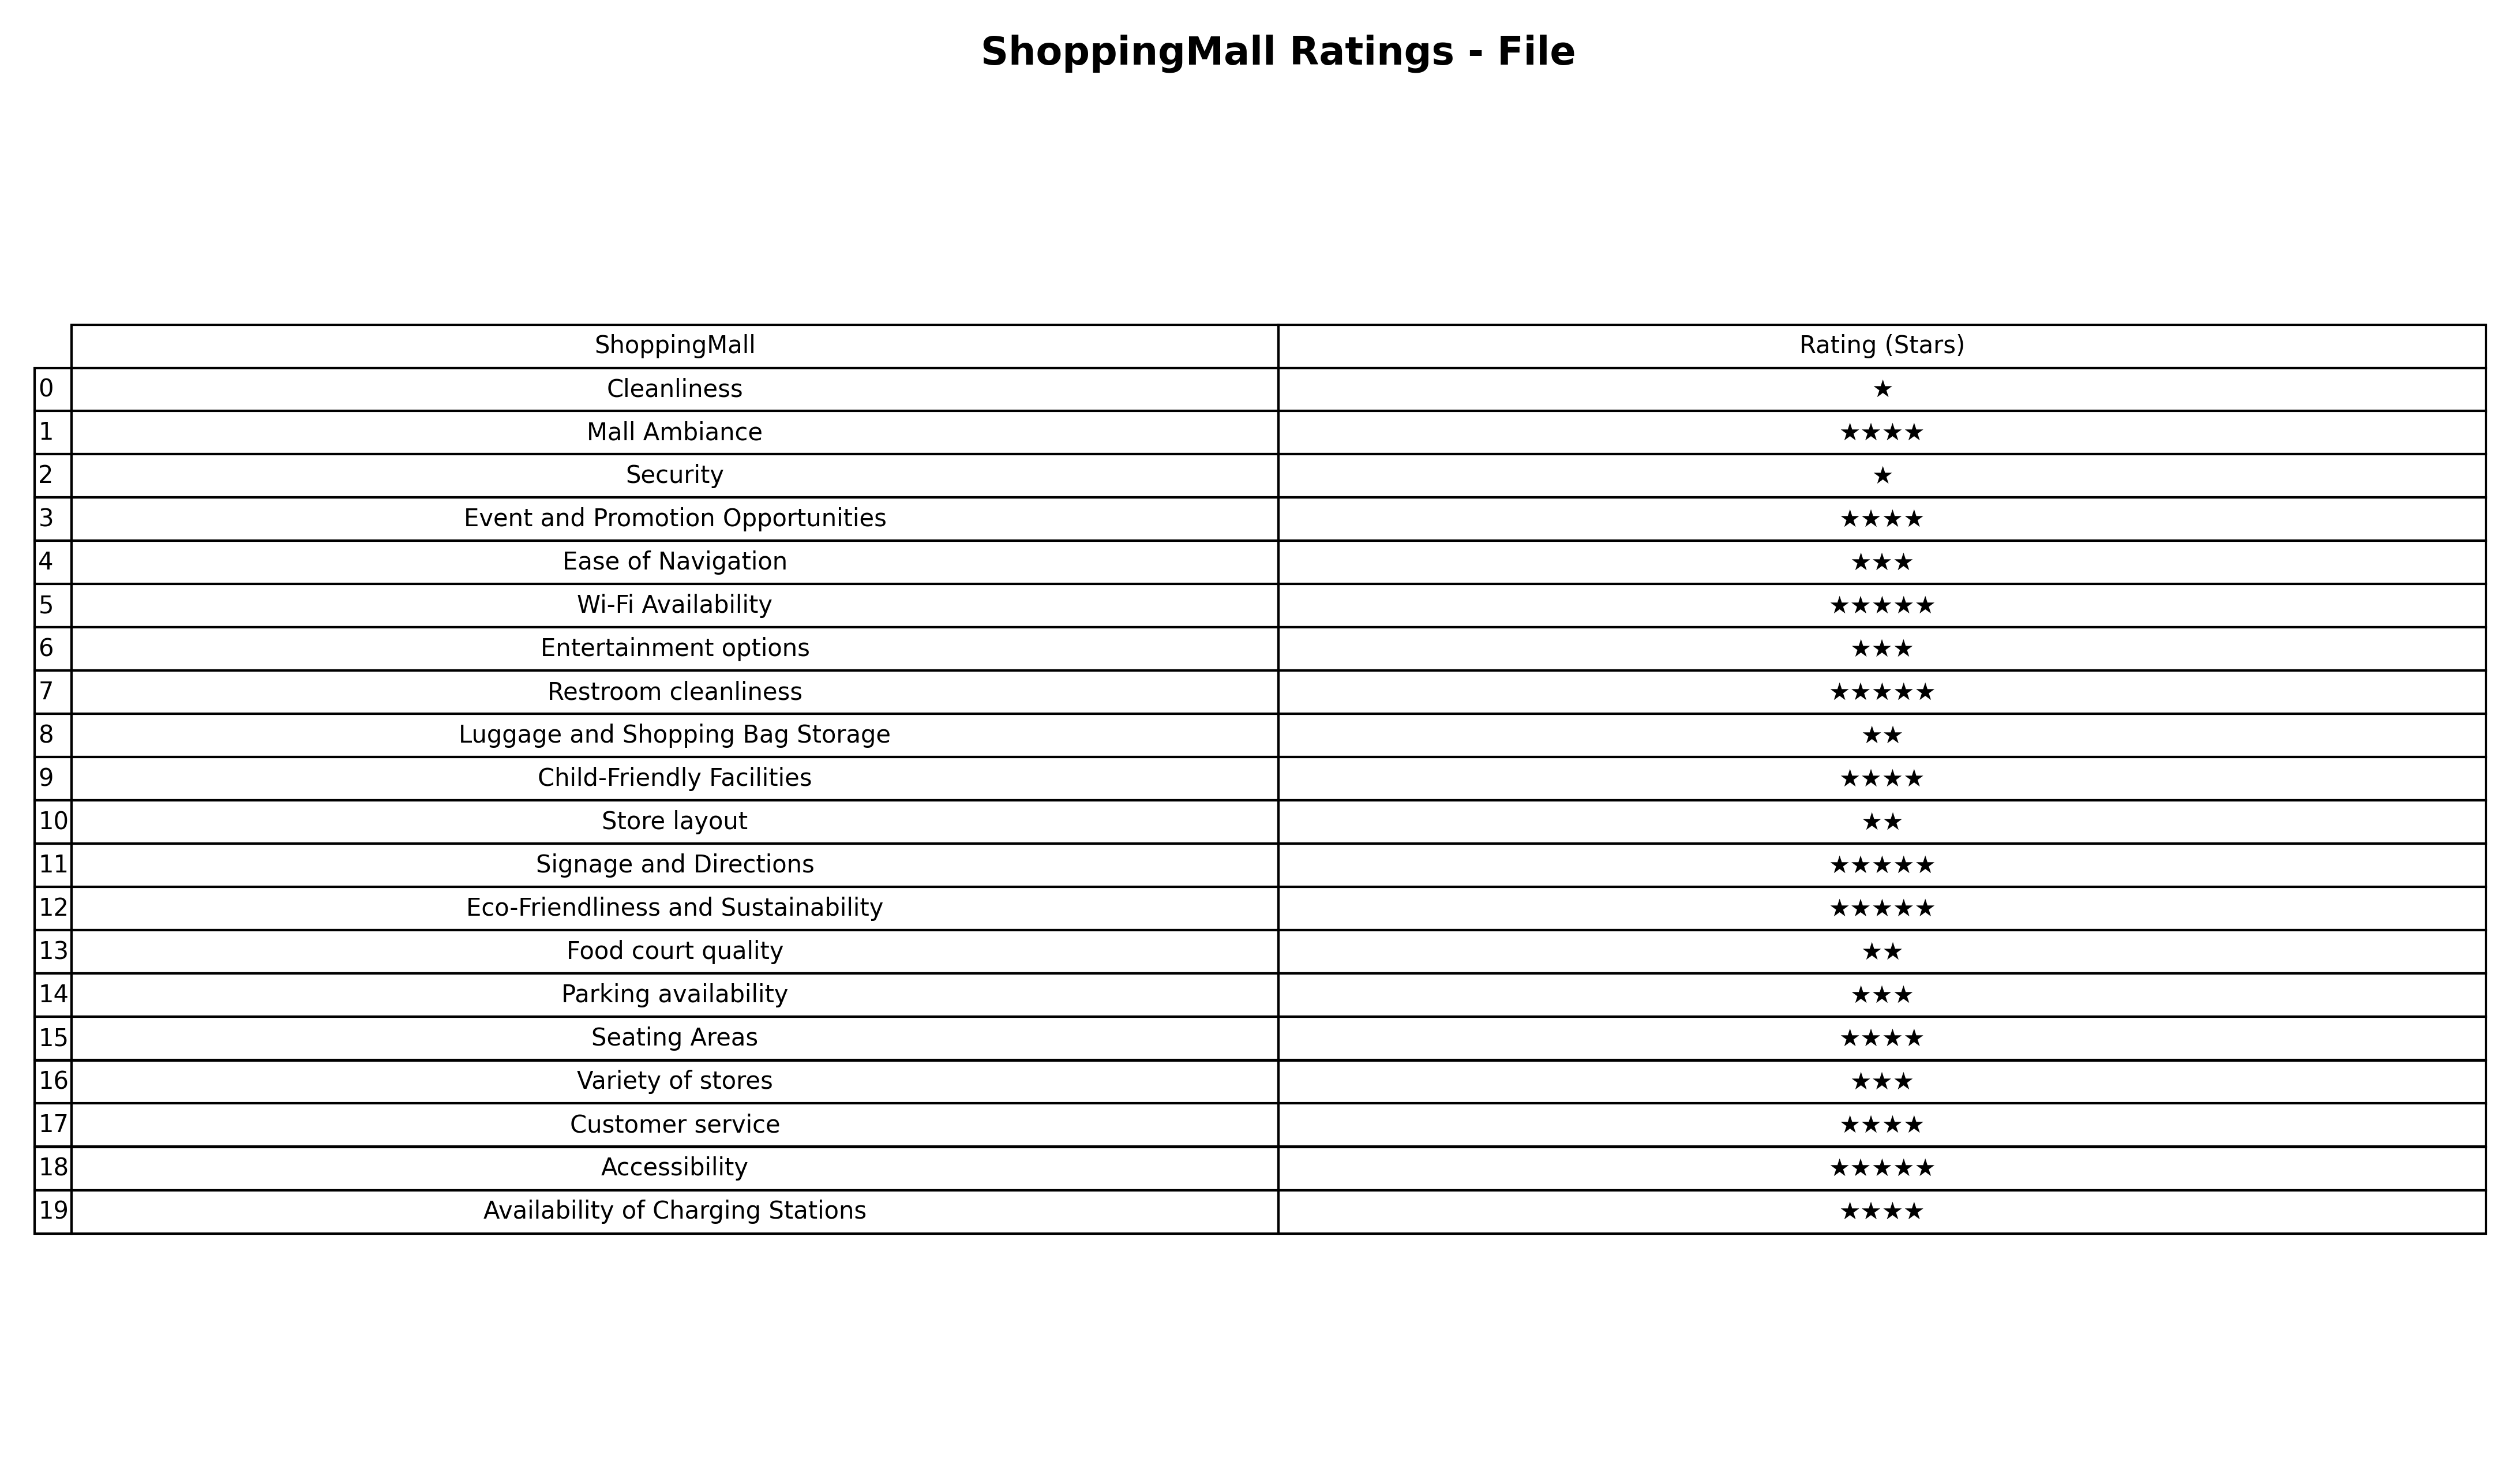
question: What are lowest rating services?
answer: CleanlinessSecurity